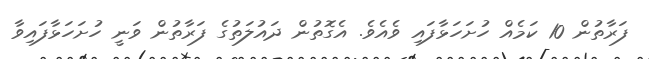
ފަރާތުން 10 ކަމެއް ހުށަހަޅާފައި ވެއެވެ. އެގޮތުން ދައުލަތުގެ ފަރާތުން ވަނީ ހުށަހަޅާފައިވާ